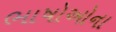
ભાષોઓના